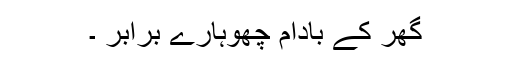
گھر کے بادام چھوہارے برابر ۔